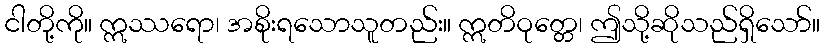
ငါတို့ကို။ ဣဿရော၊ အစိုးရသောသူတည်း။ ဣတိဝုတ္တေ၊ ဤသို့ဆိုသည်ရှိသော်။